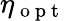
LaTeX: \eta_{\mathrm{~o~p~t~}}